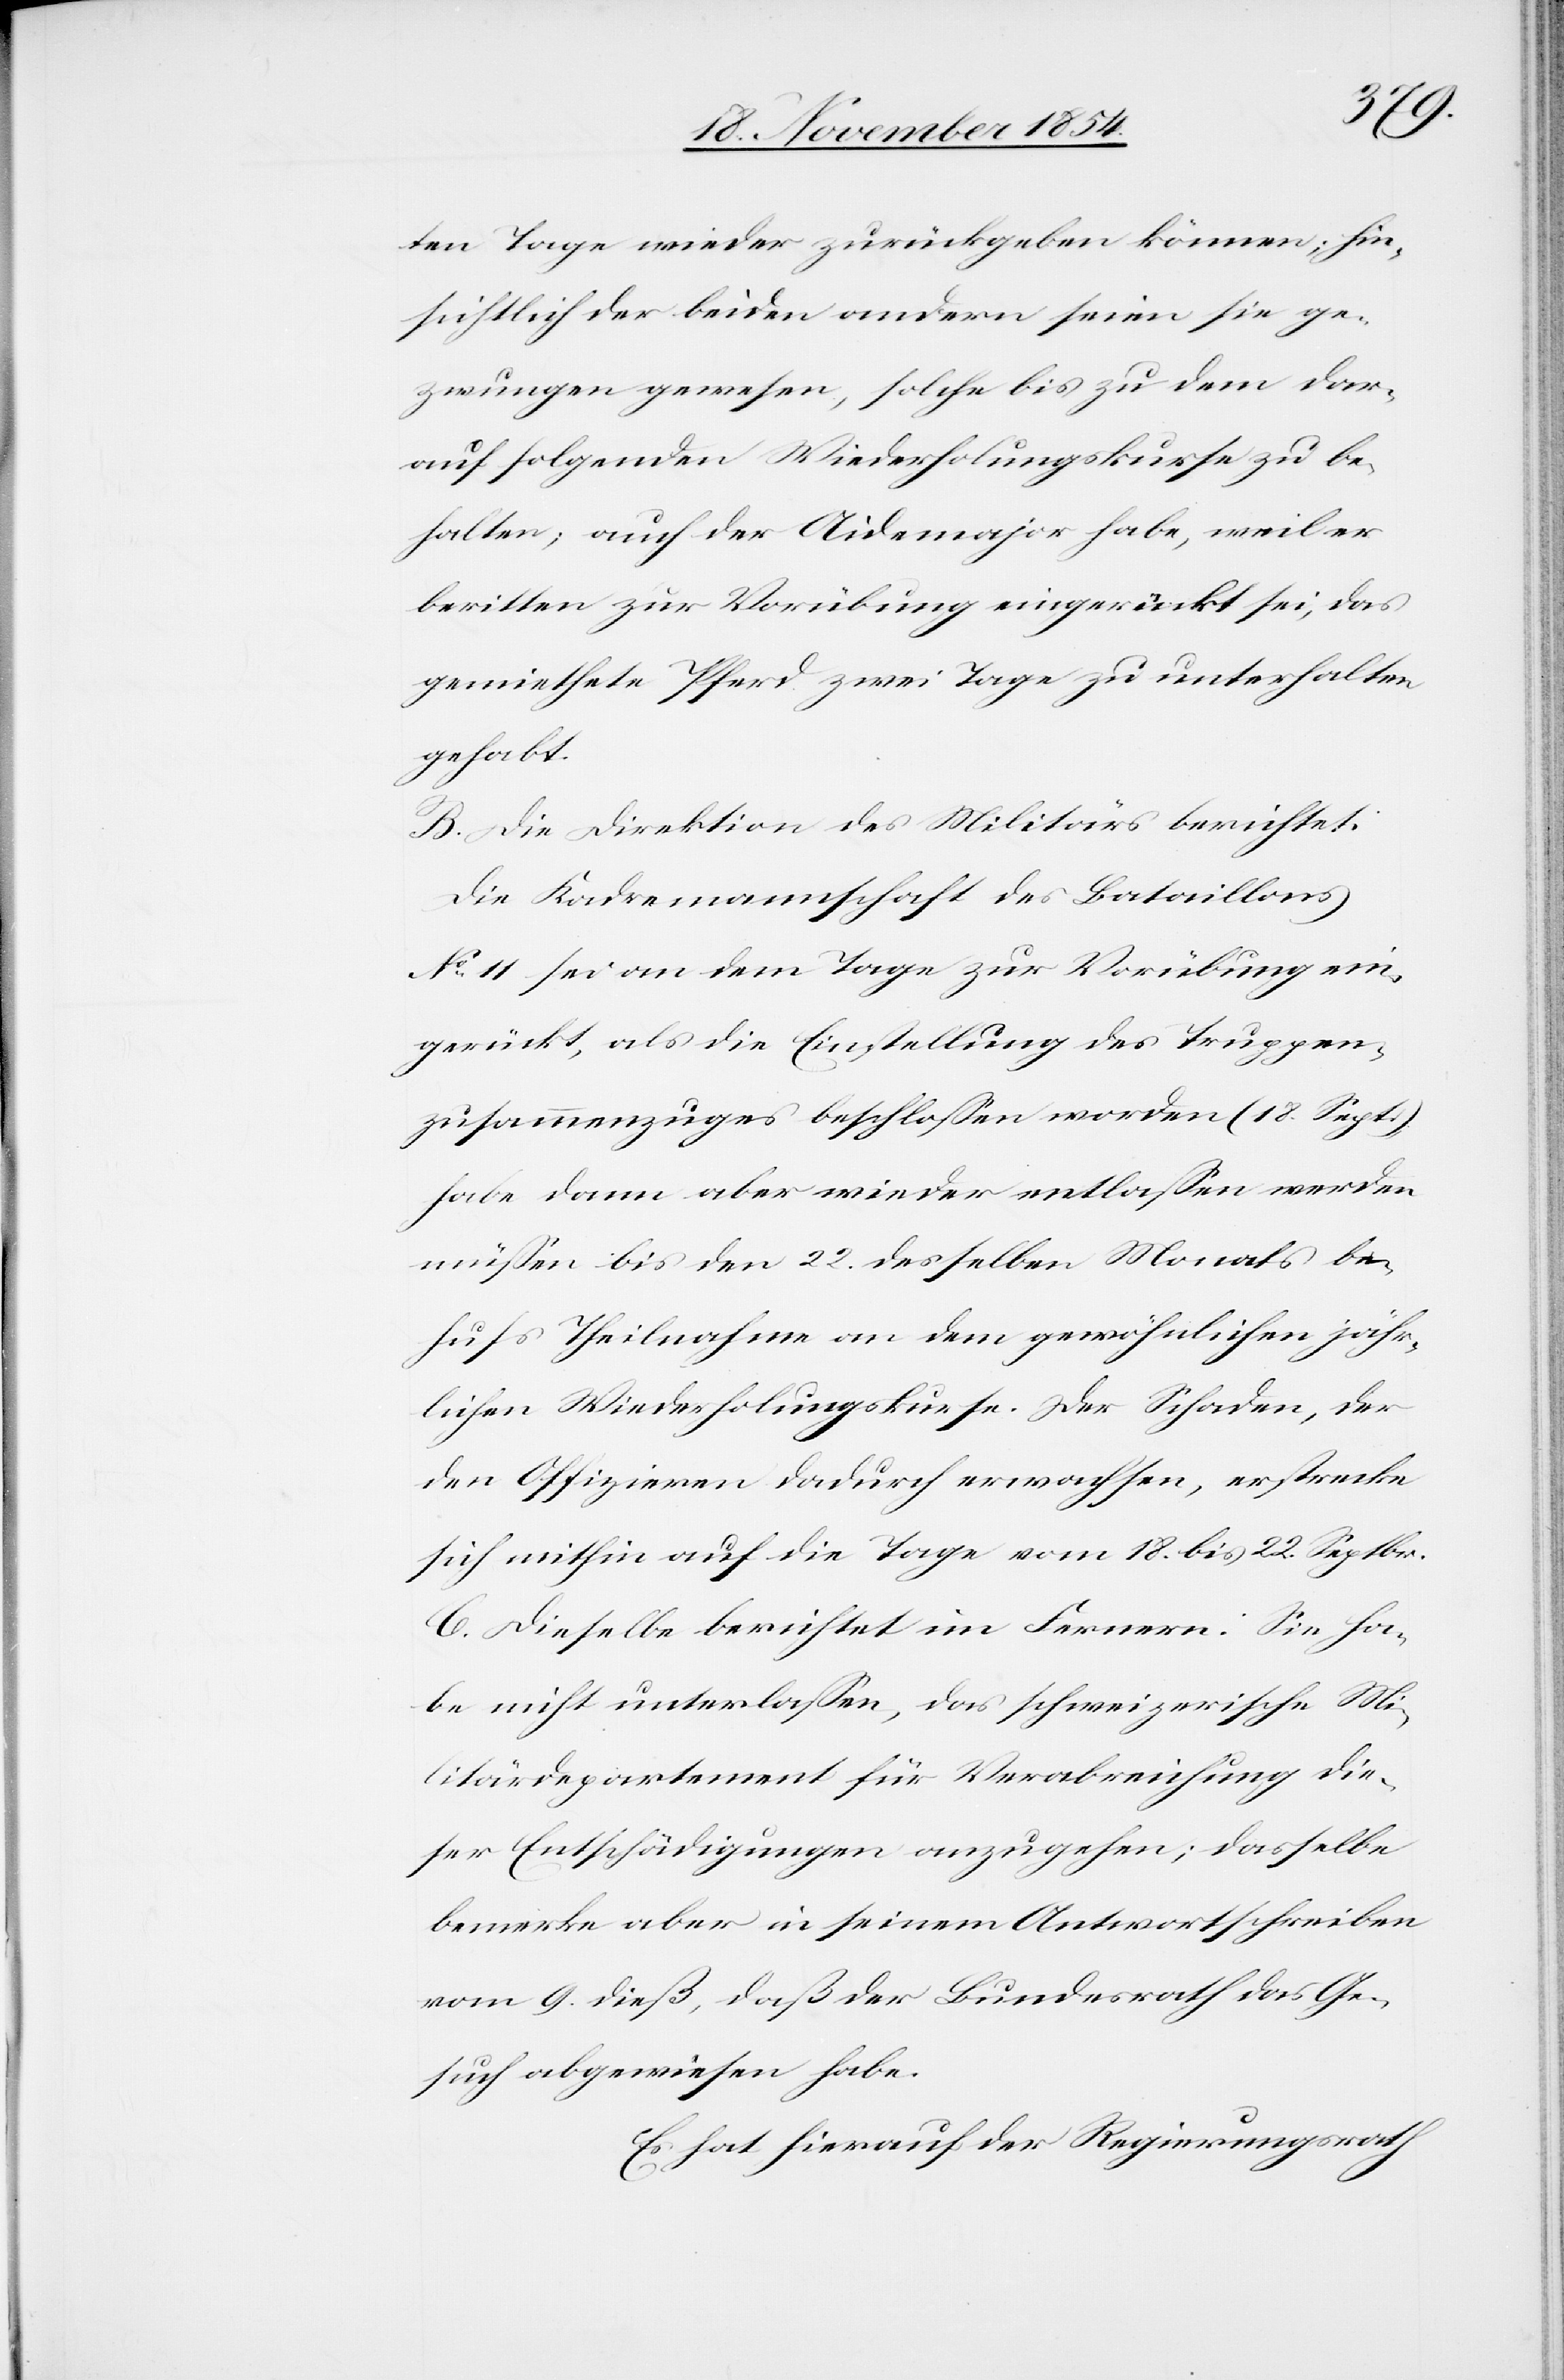
ten Tage wieder zurückgeben können; hin¬
sichtlich der beiden andern seien sie ge¬
zwungen gewesen, solche bis zu dem dar¬
auf folgenden Wiederholungskurse zu be¬
halten; auch der Aidemajor habe, weil er
beritten zur Vorübung eingerückt sei, das
gemiethete Pferd zwei Tage zu unterhalten
gehabt.
B. Die Direktion des Militärs berichtet:
Die Kadremannschaft des Bataillons
No 11 sei an dem Tage zur Vorübung ein¬
gerückt, als die Einstellung des Truppen¬
zusammenzuges beschloßen worden (18. Sept.);
habe dann aber wieder entlaßen werden
müßen bis den 22. desselben Monats be¬
hufs Theilnahme an dem gewöhnlichen jähr¬
lichen Wiederholungskurse. Der Schaden, der
den Offizieren dadurch erwachsen, erstrecke
sich mithin auf die Tage vom 18. bis 22. Septbr.
C. Dieselbe berichtet im Fernern: Sie ha¬
be nicht unterlaßen, das schweizerische Mi¬
litärdepartement für Verabreichung die¬
ser Entschädigungen anzugehen; dasselbe
bemerke aber in seinem Antwortschreiben
vom 9. dieß, daß der Bundesrath das Ge¬
such abgewiesen habe.
Es hat hierauf der Regierungsrath